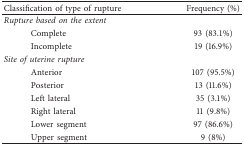
| Classification of type of rupture | Frequency (%) |
 | --- | --- |
 | <COLSPAN=2> Rupture based on the extent |
 | Complete | 93 (83.1%) |
 | Incomplete | 19 (16.9%) |
 | <COLSPAN=2> Site of uterine rupture |
 | Anterior | 107 (95.5%) |
 | Posterior | 13 (11.6%) |
 | Left lateral | 35 (3.1%) |
 | Right lateral | 11 (9.8%) |
 | Lower segment | 97 (86.6%) |
 | Upper segment | 9 (8%) |